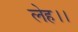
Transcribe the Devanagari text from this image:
लेह।।